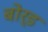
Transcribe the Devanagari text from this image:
बोर्ड